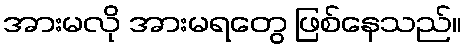
အားမလို အားမရတွေ ဖြစ်နေသည်။